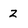
Character: Z